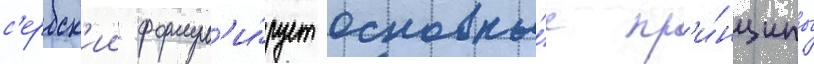
с'ербск'ии формул'и́рует основны́е пр'и́нципы